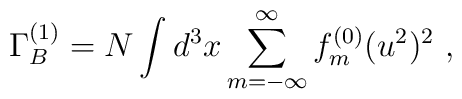
\Gamma^{(1)}_B =  N \int d^3x \sum_{m= -\infty}^{\infty} f^{(0)}_m (u^2)^2  \  ,